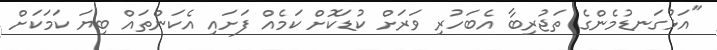
"އަޅުގަނޑުމެންގެ ތަޖުރިބާ އެބަހުރި ވަރަށް ކުޑަކޮށް ކަމެއް ފަށައި އެކަންތައް ބިޔަ ކަމަކަށް